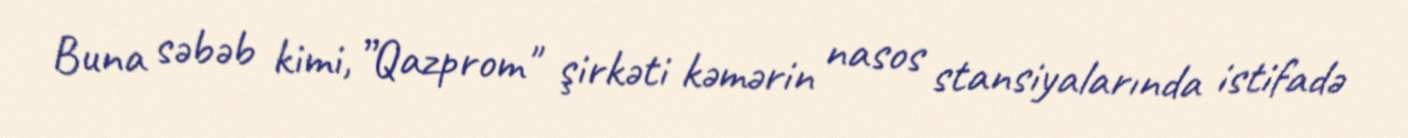
Buna səbəb kimi, ”Qazprom" şirkəti kəmərin nasos stansiyalarında istifadə